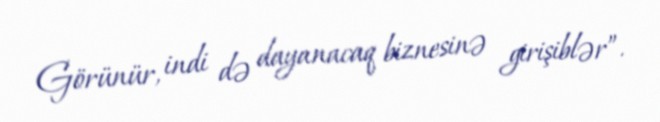
Görünür, indi də dayanacaq biznesinə girişiblər”.